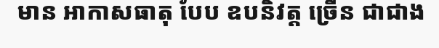
មាន អាកាសធាតុ បែប ឧបនិវត្ត ច្រើន ជាជាង